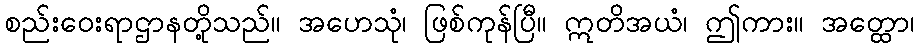
စည်းဝေးရာဌာနတို့သည်။ အဟေသုံ၊ ဖြစ်ကုန်ပြီ။ ဣတိအယံ၊ ဤကား။ အတ္ထော၊